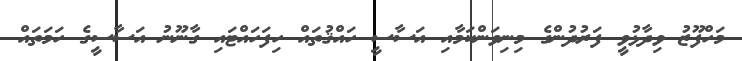
މަހްފޫޒު ވިދާޅުވީ ފަރުދުންގެ މިނިވަންކަމާއި އަސާސީ ހައްޤުތައް ހިފަހައްޓައި ގާނޫނު އަސާސީގެ ހަމަތައް